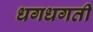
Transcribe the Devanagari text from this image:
धगधगती